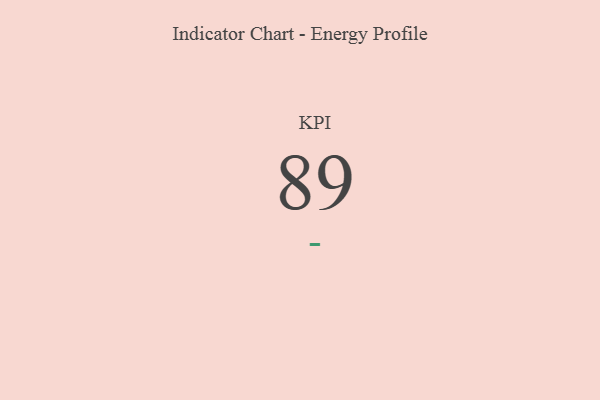
{"axis": {"x": "KPI", "y": "Value"}, "legend": [""], "data": [{"x": "KPI", "y": 89, "type": ""}]}